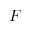
F